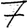
Digit: 7